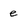
Character: e